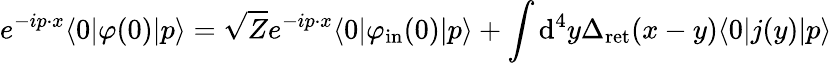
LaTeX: e^{-ip\cdot x}\langle 0|\varphi(0)|p\rangle={\sqrt{Z}}e^{-ip\cdot x}\langle 0|\varphi_{\mathrm{in}}(0)|p\rangle+\int\mathrm{d}^{4}y\Delta_{\mathrm{ret}}(x-y)\langle 0|j(y)|p\rangle